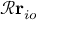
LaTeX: { \mathcal { R } } \mathbf { r } _ { i o }